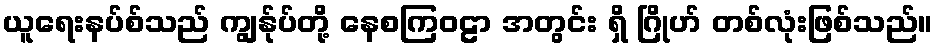
ယူရေးနပ်စ်သည် ကျွန်ုပ်တို့ နေစကြဝဠာ အတွင်း ရှိ ဂြိုဟ် တစ်လုံးဖြစ်သည်။